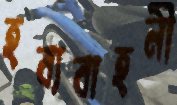
হব্যবাহনী